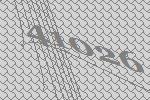
41026